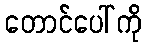
တောင်ပေါ်ကို